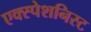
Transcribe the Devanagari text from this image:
एक्स्पेशनिस्ट